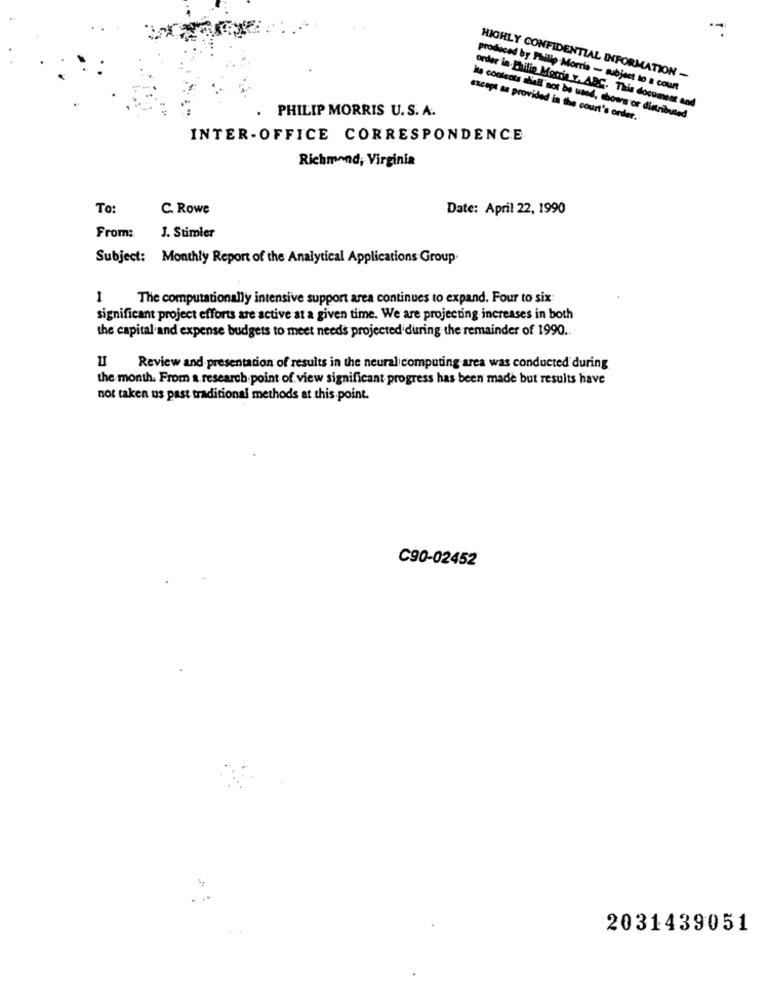
HIGHLY CONFIDENTIAL INFORMATION -
produced by Philip Morris - subject to a court
. PHILIP MORRIS U.S. A.
order in Philip Morris y. ABC. This document and
except as provided in the court's order ..
Its contents shall not be used, shows or distributed.
INTER-OFFICE CORRESPONDENCE
Richmond, Virginia
To:
C. Rowe
Date: April 22, 1990
From:
J. Stimler
Subject: Monthly Report of the Analytical Applications Group.
1
The computationally intensive support area continues to expand. Four to six:
significant project efforts are active at a given time. We are projecting increases in both
the capital and expense budgets to meet needs projected during the remainder of 1990 ..
II Review and presentation of results in the neural computing area was conducted during
the month. From a research point of view significant progress has been made but results have
not taken us past traditional methods at this point.
C90-02452
2031439051